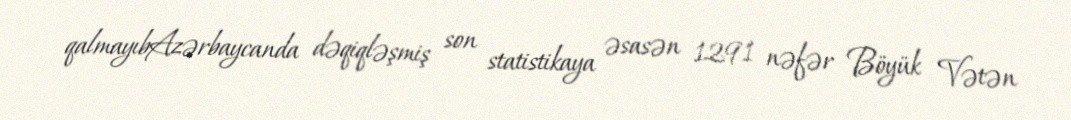
qalmayıbAzərbaycanda dəqiqləşmiş son statistikaya əsasən 1291 nəfər Böyük Vətən